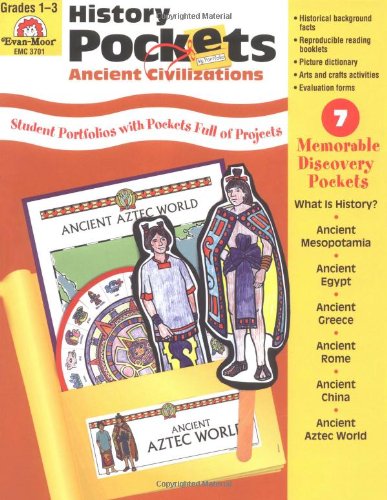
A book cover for History Pockets: Ancient Civilizations, Grades 1-3; Evan Moor; Children's Books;